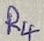
Text: R4